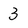
Character: 3